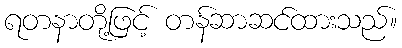
ရတနာတို့ဖြင့် တန်ဆာဆင်ထားသည်။